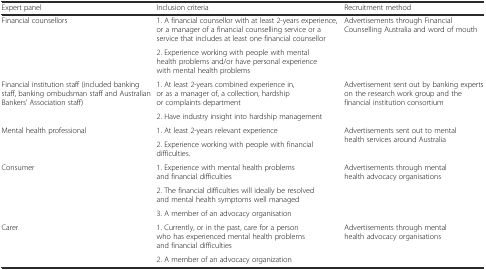
<table><thead><tr><td><b>Expert panel</b></td><td><b>Inclusion criteria</b></td><td><b>Recruitment method</b></td></tr></thead><tbody><tr><td rowspan="2">Financial counsellors</td><td>1. A financial counsellor with at least 2-years experience, or a manager of a financial counselling service or a service that includes at least one financial counsellor</td><td rowspan="2">Advertisements through Financial Counselling Australia and word of mouth</td></tr><tr><td>2. Experience working with people with mental health problems and/or have personal experience with mental health problems</td></tr><tr><td rowspan="2">Financial institution staff (included banking staff, banking ombudsman staff and Australian Bankers’ Association staff)</td><td>1. At least 2-years combined experience in, or as a manager of, a collection, hardship or complaints department</td><td rowspan="2">Advertisement sent out by banking experts on the research work group and the financial institution consortium</td></tr><tr><td>2. Have industry insight into hardship management</td></tr><tr><td rowspan="2">Mental health professional</td><td>1. At least 2-years relevant experience</td><td rowspan="2">Advertisements sent out to mental health services around Australia</td></tr><tr><td>2. Experience working with people with financial difficulties.</td></tr><tr><td rowspan="3">Consumer</td><td>1. Experience with mental health problems and financial difficulties</td><td rowspan="3">Advertisements through mental health advocacy organisations</td></tr><tr><td>2. The financial difficulties will ideally be resolved and mental health symptoms well managed</td></tr><tr><td>3. A member of an advocacy organisation</td></tr><tr><td rowspan="2">Carer</td><td>1. Currently, or in the past, care for a person who has experienced mental health problems and financial difficulties</td><td rowspan="2">Advertisements through mental health advocacy organisations</td></tr><tr><td>2. A member of an advocacy organization</td></tr></tbody></table>